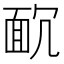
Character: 𩈌